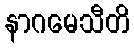
နာဂမေသီတိ